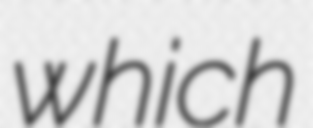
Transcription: which